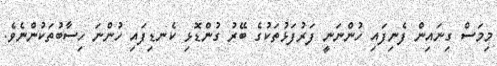
މިމަސް ގިނައިން ފެނިފައި ހުންނަނީ ފަރުފަޅުތަކުގެ ބޭރު ގުންޑޮޅި ކެނޑިފައި ހުންނަ ހިސާބުތަކުންނެވެ.